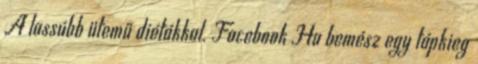
A lassúbb ütemű diétákkal. Facebook Ha bemész egy tápkieg